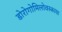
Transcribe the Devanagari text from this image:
डोरोगोमिलोवस्काया